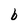
Character: b